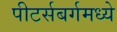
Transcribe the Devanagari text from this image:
पीटर्सबर्गमध्ये